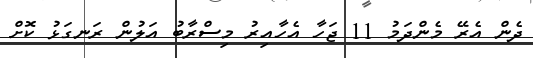
ދެން އެރޭ މެންދަމު 11 ޖަހާ އެހާއިރު މިސްރާބު އަލުން ރަނގަޅު ކޮށް